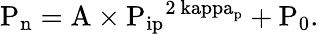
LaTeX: \mathrm{{P_{n}}=\mathrm{{A}\times\mathrm{{P_{ip}}^{2\ kappa_{p}}+\mathrm{{P_{0}}.}}}}